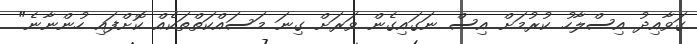
ގަވާއިދު އިސްލާހު ކުރުމަށް އިސް ނަގައިގެން ވަރަށް ގިނަ މަސައްކަތްތަކެއް ކޮށްފައި ހުންނާނެ"